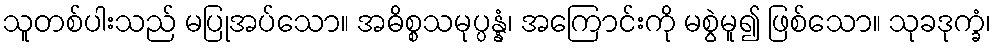
သူတစ်ပါးသည် မပြုအပ်သော။ အဓိစ္စသမုပ္ပန္နံ၊ အကြောင်းကို မစွဲမူ၍ ဖြစ်သော။ သုခဒုက္ခံ၊